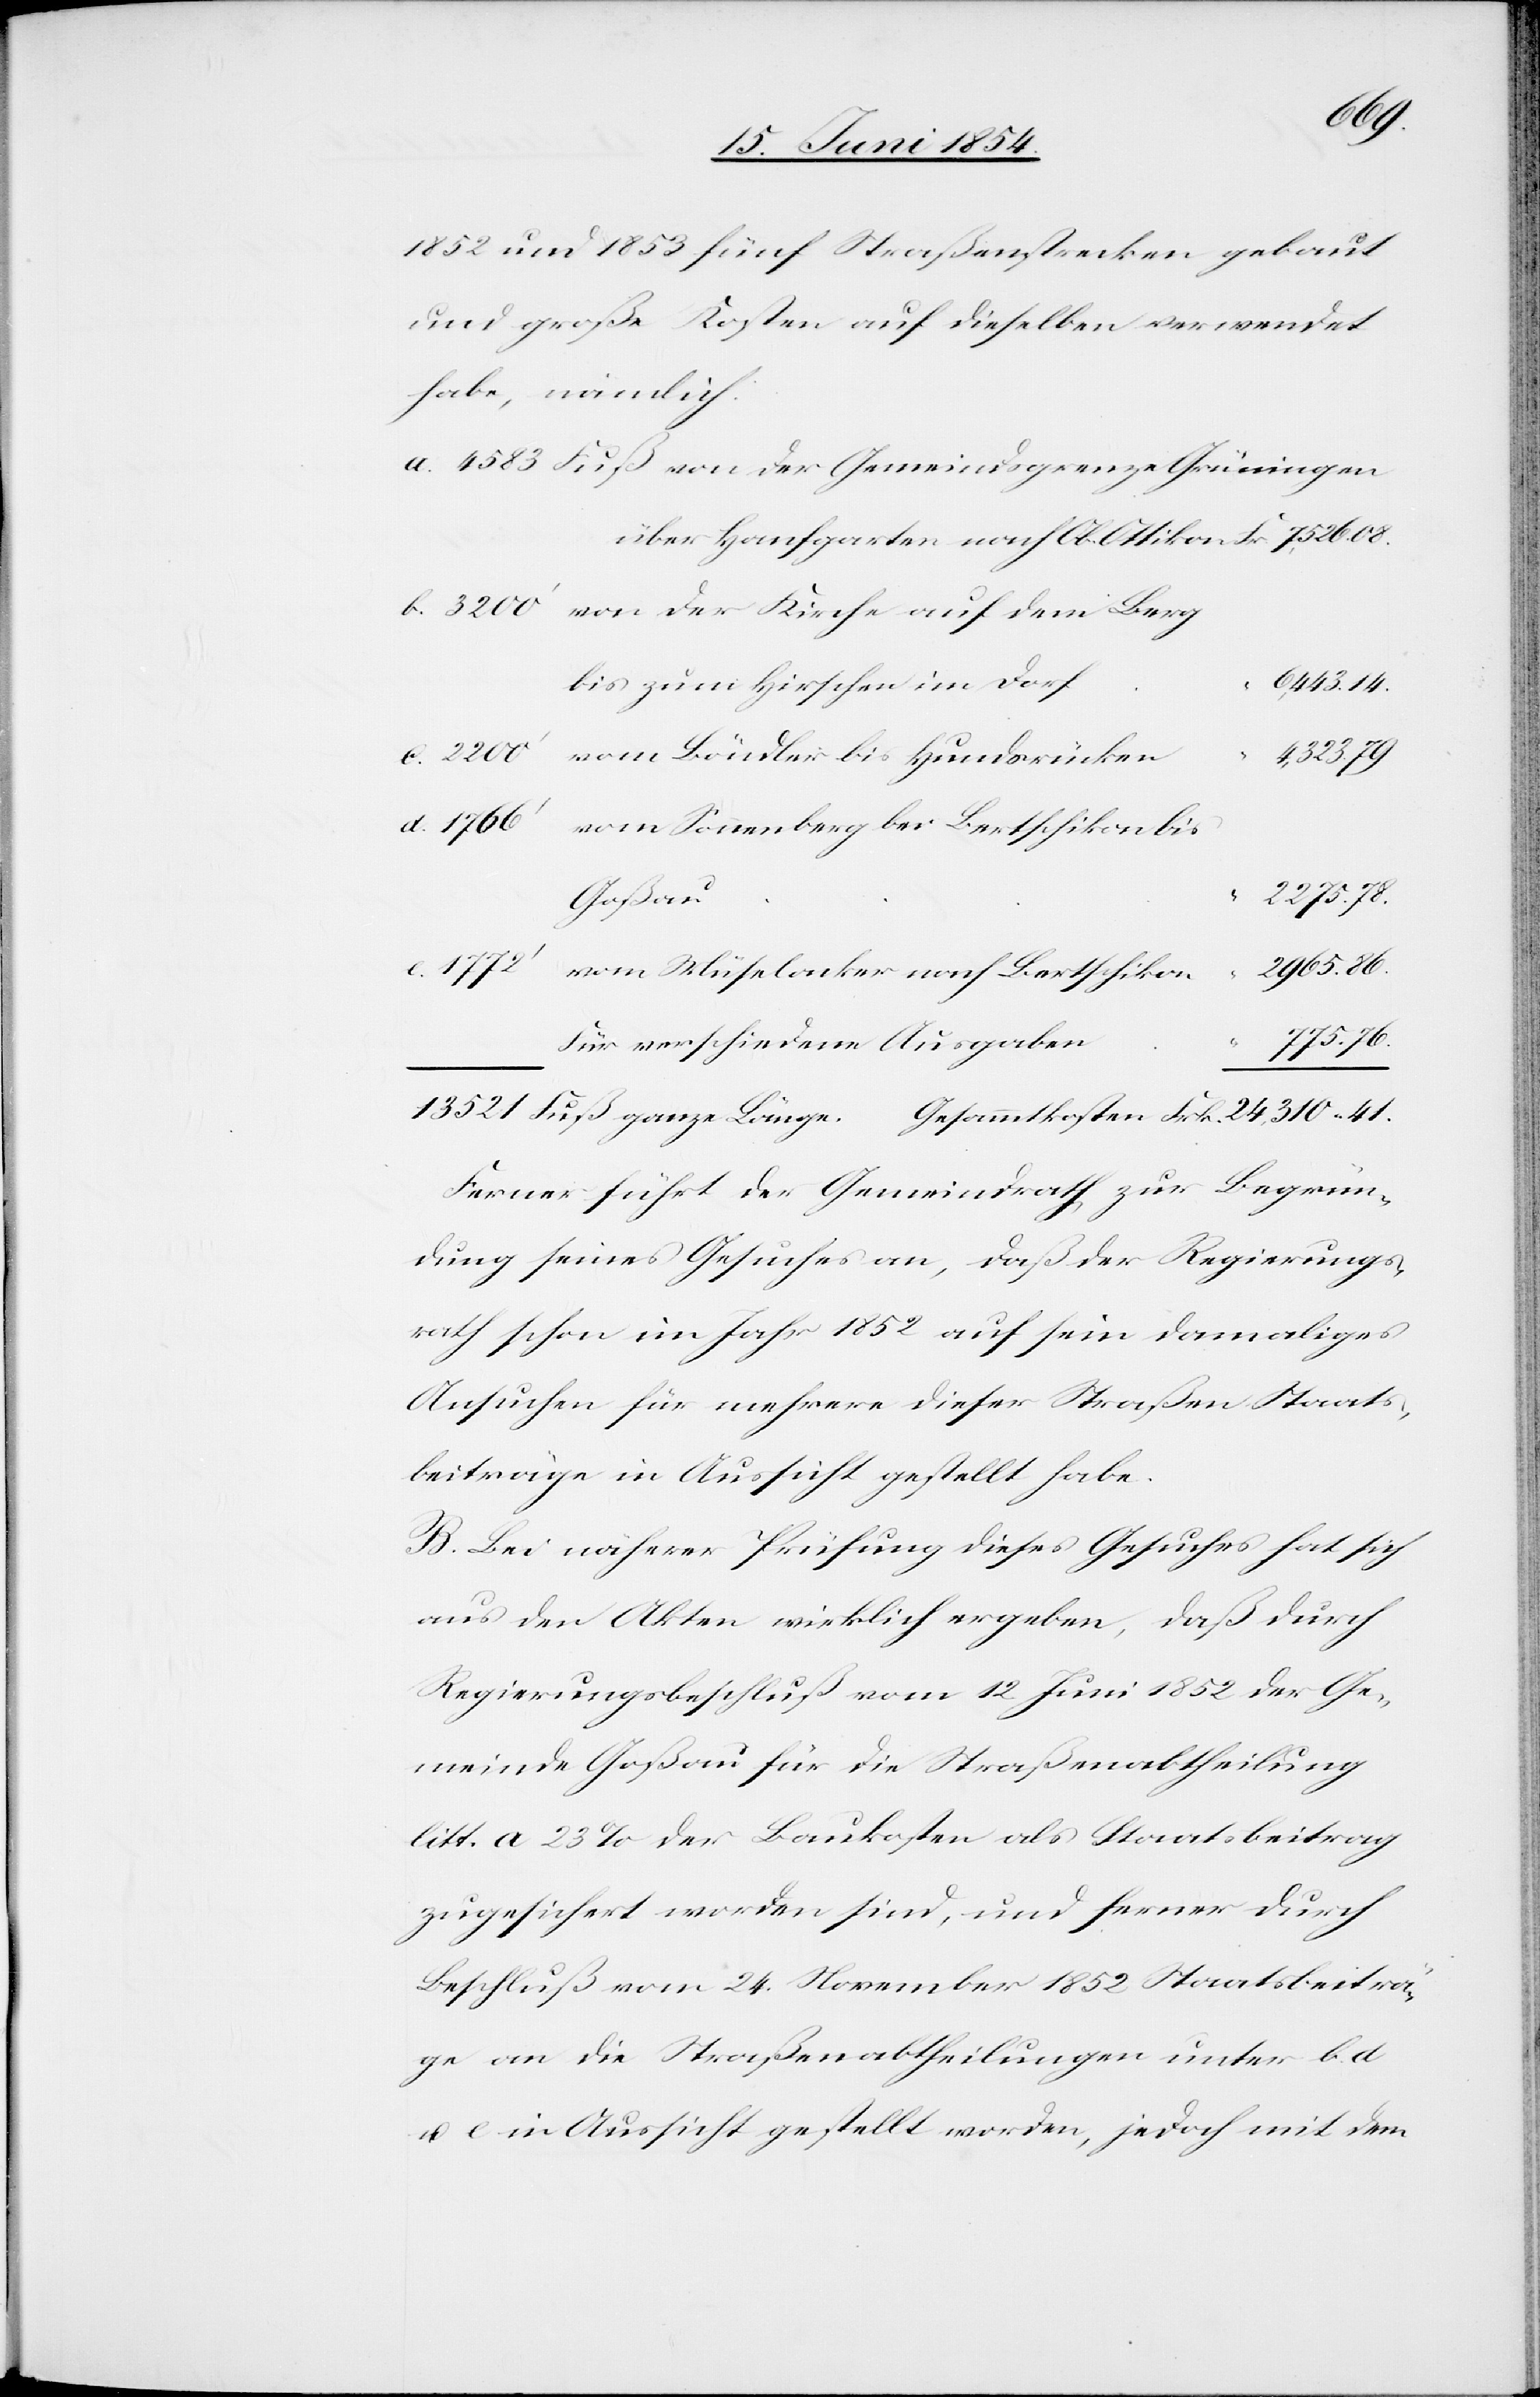
1852 und 1853 fünf Straßenstrecken gebaut
und große Kosten auf dieselben verwendet
habe, nämlich:
über Hanfgarten nach Ob. Ottikon
bis zum Hirschen im Dorf
6,443.14.
13521
2275.78.
Goßau
24,310.41.
von Müselacker nach Bertschikon
Für verschiedene Ausgaben
775.76.
Ferner führt der Gemeindrath zur Begrün¬
dung seines Gesuches an, daß der Regierungs¬
rath schon im Jahr 1852 auf sein damaliges
Ansuchen für mehrere dieser Straßen Staats¬
beiträge in Aussicht gestellt habe.
B. Bei näherer Prüfung dieses Gesuches hat sich
aus den Akten wirklich ergeben, daß durch
Regierungsbeschluß vom 12 Juni 1852 der Ge¬
meinde Goßau für die Straßenabtheilung
litt. a 23 % der Baukosten als Staatsbeitrag
zugesichert worden sind, und ferner durch
Beschluß vom 24. November 1852 Staatsbeiträ¬
ge an die Straßenabtheilungen unter b.[,]
u. e in Aussicht gestellt worden, jedoch mit dem